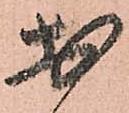
於